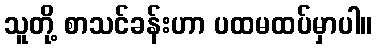
သူတို့ စာသင်ခန်းဟာ ပထမထပ်မှာပါ။